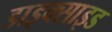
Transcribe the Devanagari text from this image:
डाइक्साइड